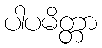
ပါပမိတ္တာ